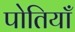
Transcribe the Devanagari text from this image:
पोतियाँ